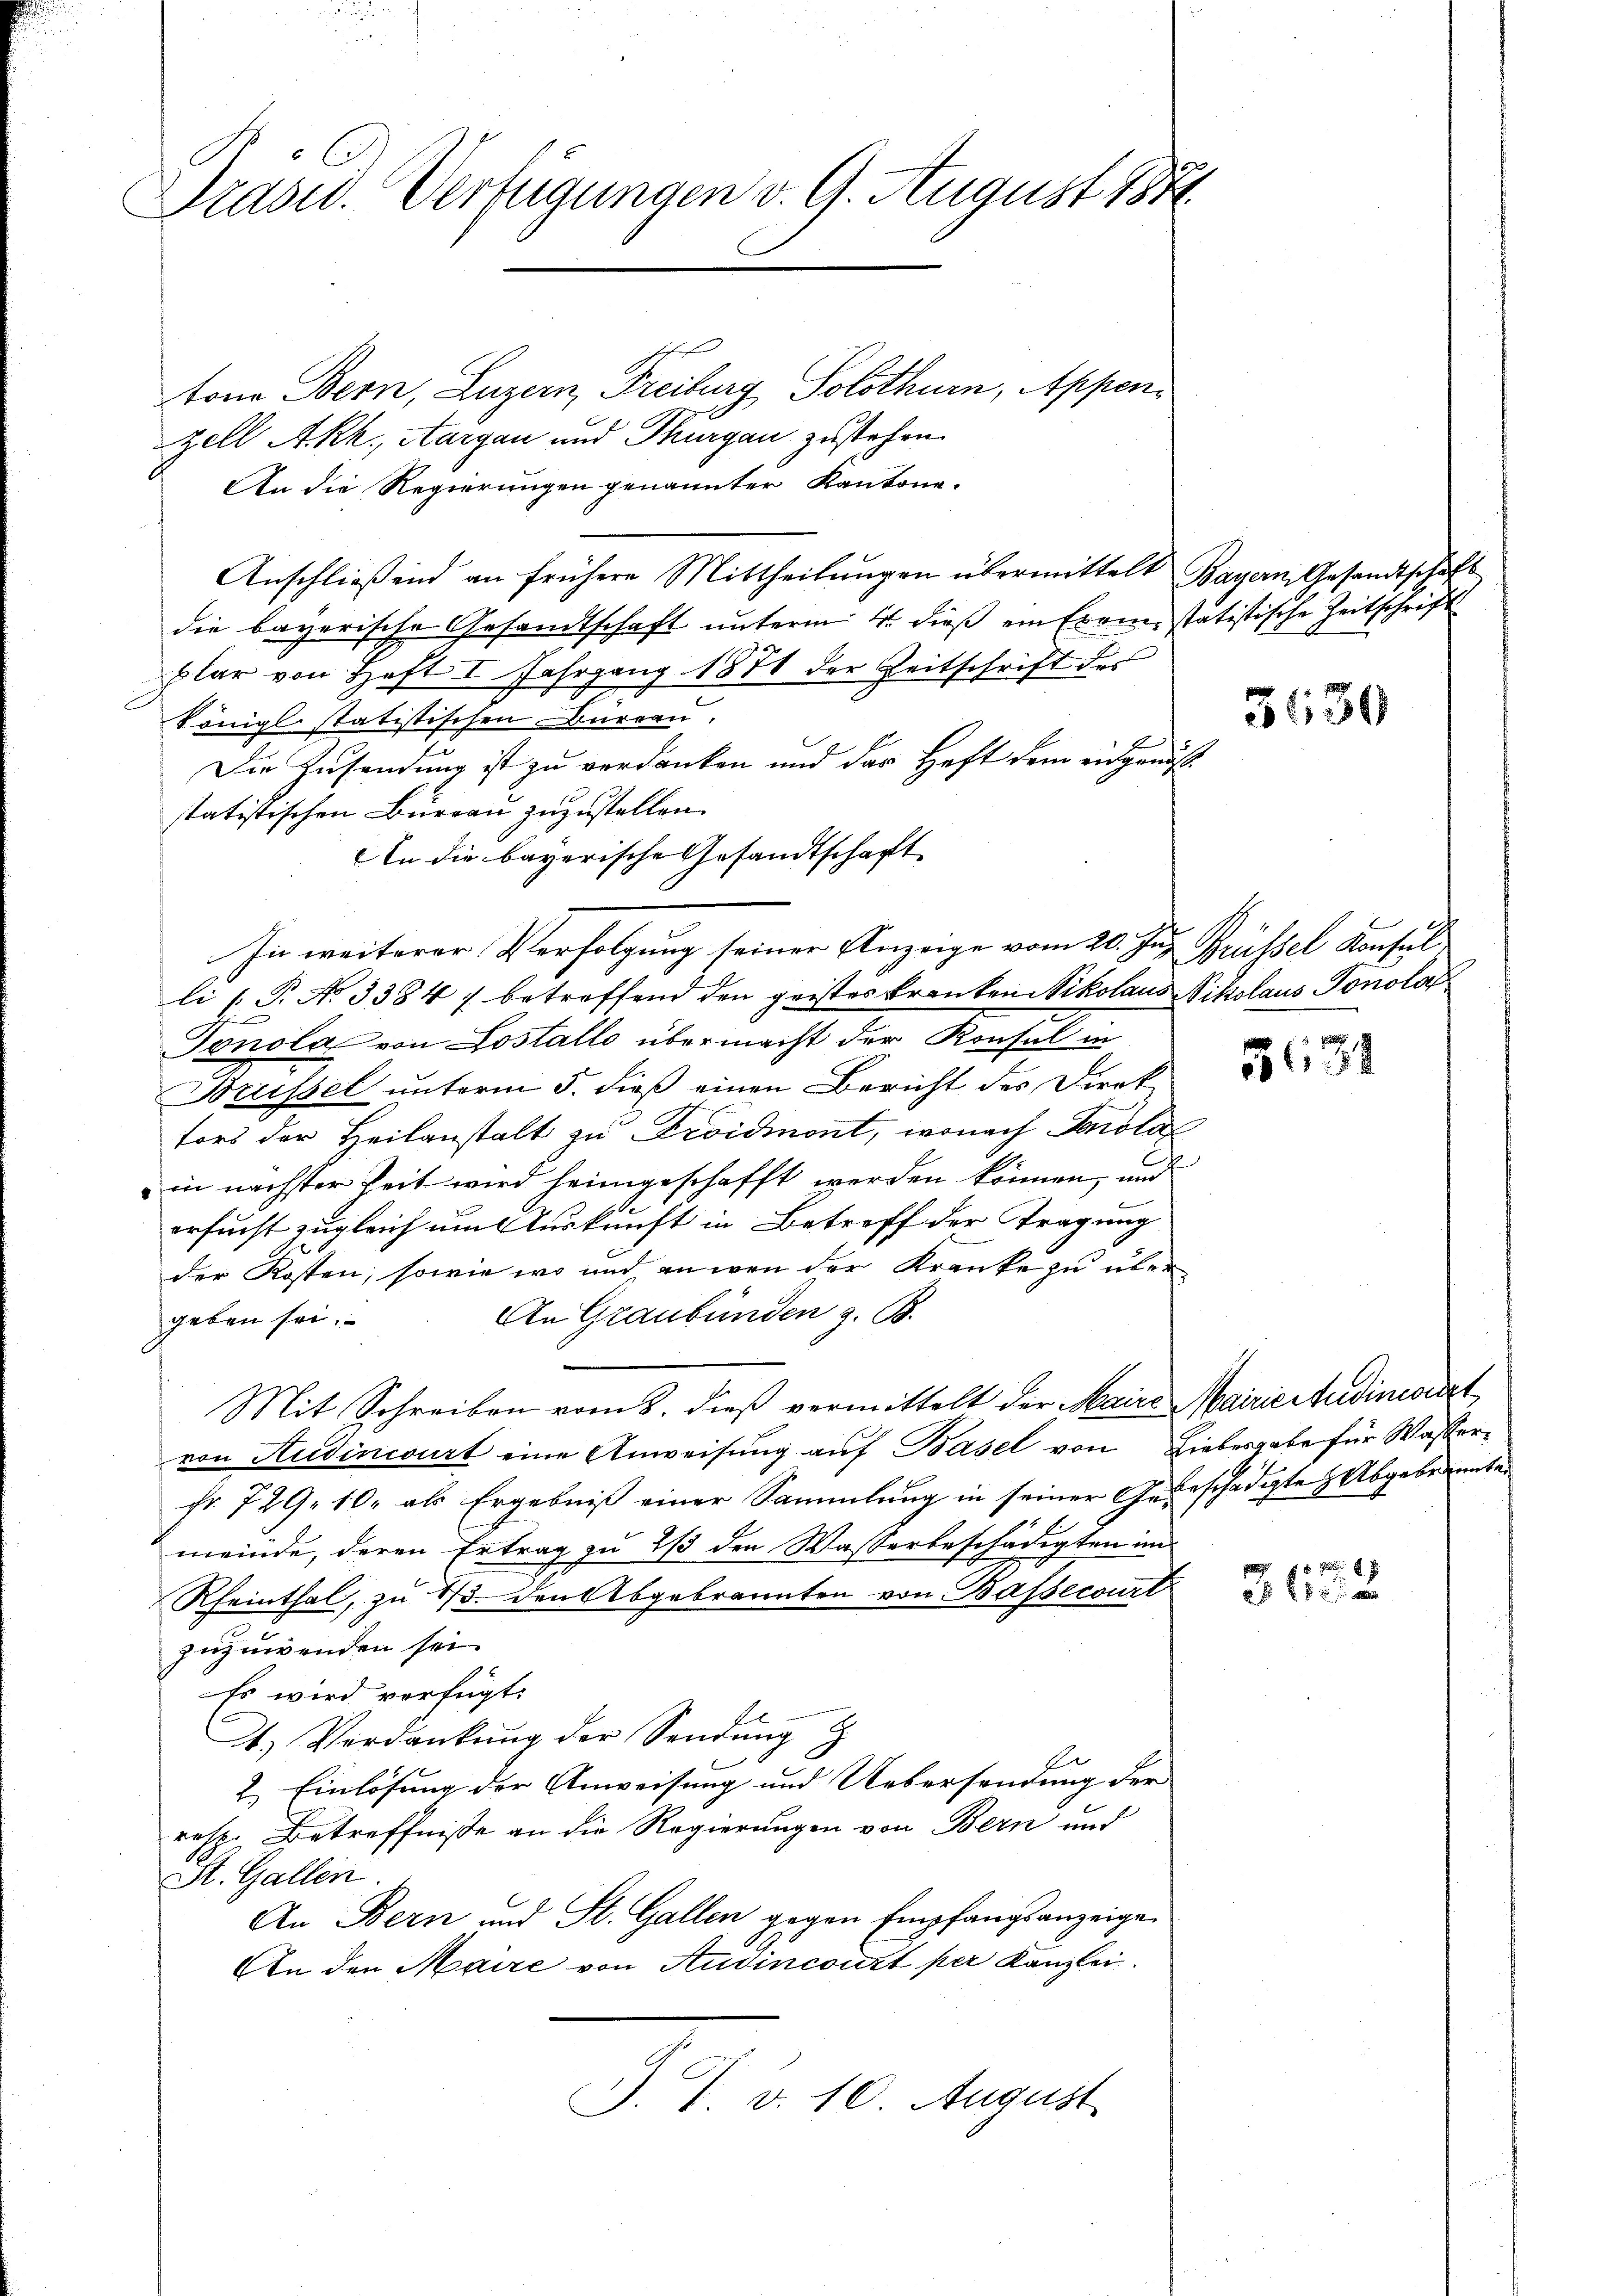
Drasid. Verfügungen v. 9. August 187

tone Bern, Luzern, Freiburg, Solothurn, Appenzell Akk, Aargau und Thurgau zustehen.
An die Regierungen genannter Kantone.
Anschließend an frühere Mittheilungen übermittelt Bayern Gesandtschedie bayerische Gesandtschaft unterm 4. dieß ein Exem-statistische Zeitschrif
plar von Heft I Fahrgang 1871 der Zeitschrift des
Königl statistischen Bureau.
Die Zusendung ist zu verdanken und der Haft dem eidgenößstatistischen Bureau zuzustellen.
In die bayerische Gesandtschaft
In weiterer Verfolgung seiner Anzeige vom 20. Jun. Grüssel Konsul
li [P. No 33847 betreffend den geistes kranken Nikolaus Nikolaus Tonolas
Tonola von Lostallo übermacht der Konsul in
Brüssel unterm 5. dieß einen Bericht des Direk
tors der Heilanstalt zu Froidmont, wonach Knola
in nächster Zeit wird heimgeschafft werden können, und
ersucht zugleich um Auskunft in Betreff der Tragung
der Kosten, sowie wo und an wen der Kranke zu über
An Graubünden z. B.
geben sei.
Mit Schreiben vom 8. dieß vermittelt der Maire Mairie Studinanzt,
von Audincourt eine Anweisung auf Basel von Liebesgabe für Wasserfr. 729. 10. als Ergebniß einer Sammlung in seiner Gebeschädigte Abgebrannte
meinde, deren Ertrag zu 2/3 den Wasserbeschädigten im
Rheinthal, zu 15. den Abgebrannten von Bassecourt
zuzuwenden sei.
Es wird verfügt:
1.) Verdankŭng der Sendung z
2. Einlösung der Anweisung und Uebersendung der
resp. Betreffnisse an die Regierungen von Bern und
St. Gallen
An Bern und St. Gallen gegen Empfangsanzeige
An den Maire von Ausincourt per Kanzlei.
J. T. d. 10. August

3630

36, 32

t

8 f 8 x
325 x